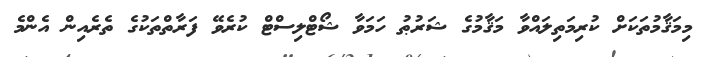
މިމަޤާމުތަކަށް ކުރިމަތިލައްވާ މަޤާމުގެ ޝަރުޠު ހަމަވާ ޝޯޓްލިސްޓް ކުރެވޭ ފަރާތްތަކުގެ ތެރެއިން އެންމެ